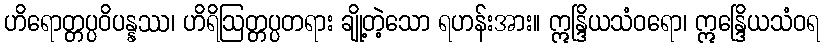
ဟိရောတ္တပ္ပဝိပန္နဿ၊ ဟိရိဩတ္တပ္ပတရား ချို့တဲ့သော ရဟန်းအား။ ဣန္ဒြိယသံဝရော၊ ဣန္ဒြေိယသံဝရ